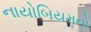
નાયોબિયમનો